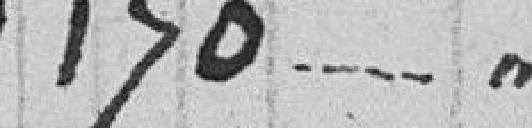
1.170